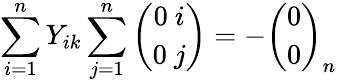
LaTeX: \sum_{i=1}^{n}Y_{ik}\sum_{j=1}^{n}{\binom{0~i}{0~j}}=-{\binom{0}{0}}_{n}